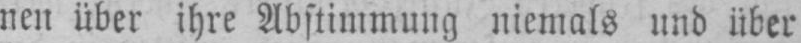
nen über ihre Abstimmung niemals und über